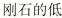
刚石的低